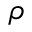
\rho